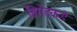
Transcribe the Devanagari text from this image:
ब्रिगेडकडे